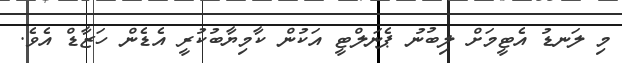
މި ލަނޑު އެޓީމަށް ލިބުނު ޕެނަލްޓީ އަކުން ކާމިޔާބުކުރީ އެޑެން ހަޒާޑް އެވެ.